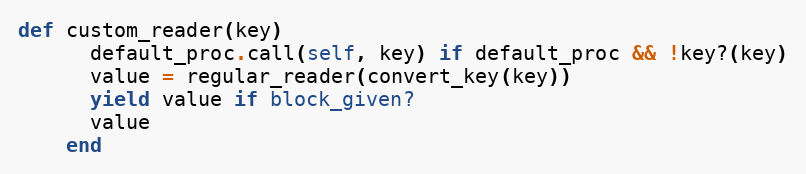
Language: Ruby
def custom_reader(key)
      default_proc.call(self, key) if default_proc && !key?(key)
      value = regular_reader(convert_key(key))
      yield value if block_given?
      value
    end